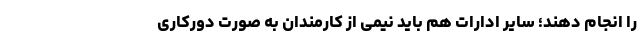
را انجام دهند؛ سایر ادارات هم باید نیمی از کارمندان به صورت دورکاری